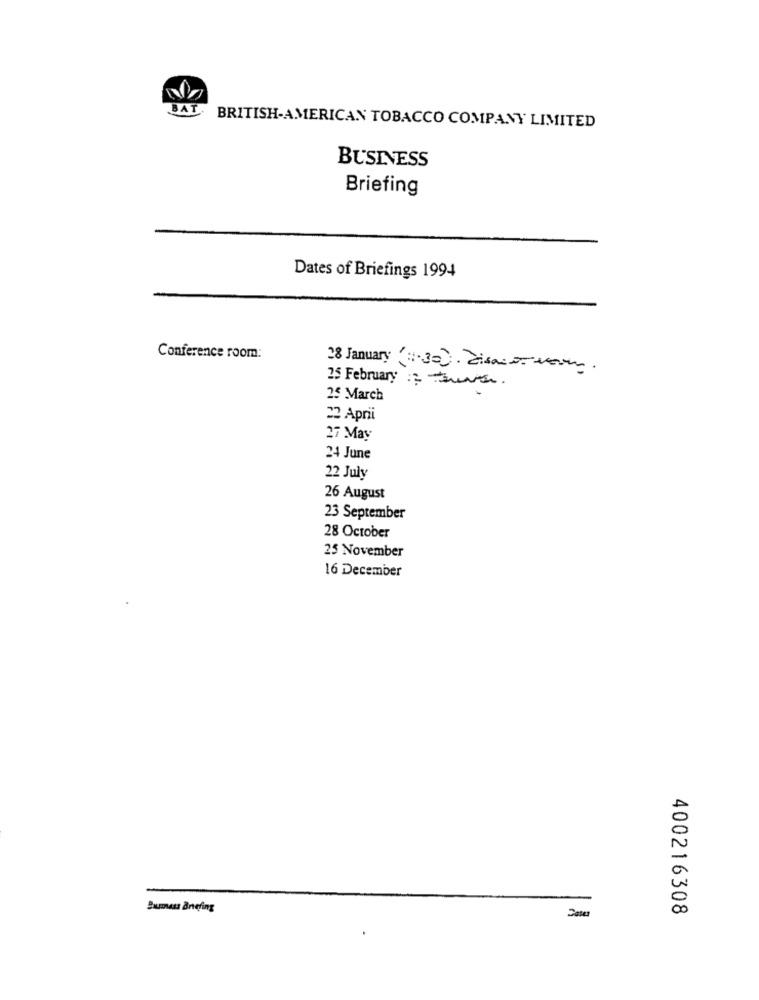
BAT
BRITISH-AMERICAN TOBACCO COMPANY LIMITED
BUSINESS
Briefing
Dates of Briefings 1994
Conference room:
28 January 1.30. discorrem.
25 February :: true.
25 March
22 Aprii
27 May
24 June
22 July
26 August
23 September
28 October
25 November
16 December
Summers antefing
400216308
Date